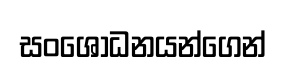
සංශෝධනයන්ගෙන්